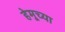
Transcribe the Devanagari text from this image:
हेमूच्या